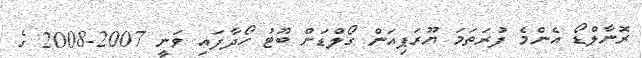
ރޮނާލްޑޯ އެންމެ ފުރަތަމަ ޔޫރަޕިއަން ގޯލްޑަން ބޫޓު ހޯދާފައި ވަނީ 2007-2008 ގެ